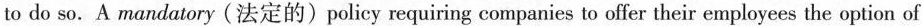
to do so. A mandatory (法定的)policy requiring companies to offer their employees the option of